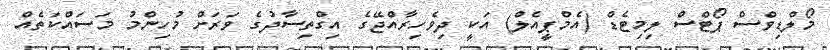
މޯލްޑިވްސް ޕޯޓްސް ލިމިޓެޑް (އެމްޕީއެލް) އަކީ ދިވެހިރާއްޖޭގެ އިގްތިސާދުގެ ވަރަށް މުހިންމު މަސައްކަތެއް